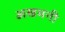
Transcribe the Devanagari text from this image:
अखमनी